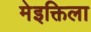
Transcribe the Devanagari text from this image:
मेइक्तिला